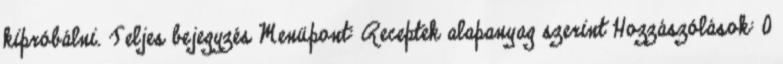
kipróbálni. Teljes bejegyzés Menüpont: Receptek alapanyag szerint Hozzászólások: 0